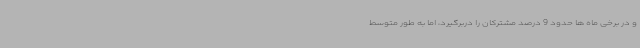
و در برخی ماه ها حدود 9 درصد مشترکان را دربرگیرد، اما به طور متوسط